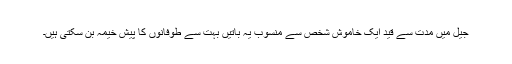
جیل میں مدت سے قید ایک خاموش شخص سے منسوب یہ باتیں بہت سے طوفانوں کا پیش خیمہ بن سکتی ہیں۔